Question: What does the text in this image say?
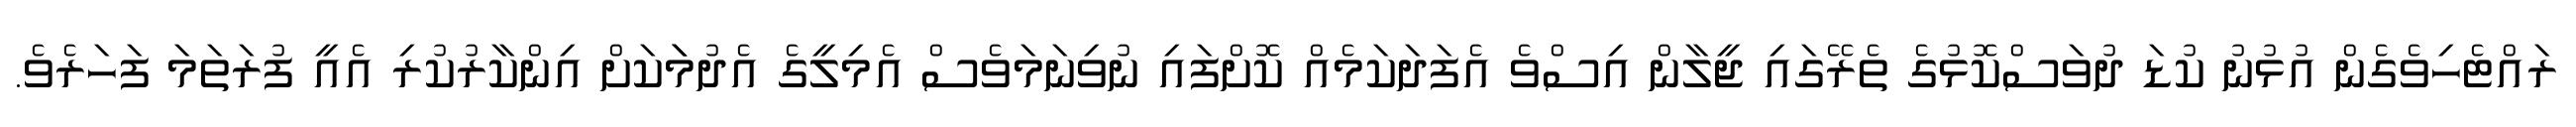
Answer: ރައްޓެހިވެގެން އުޅުނު ކުޑަ ދުވަސްކޮޅުގެ ތެރޭގައި ޖީލާން އިސްވެ އެފަދަކަމެއް ކޮށްފައި ނުވިނަމަވެސް އެމިލީގެ އެދުމަަކަށް އިންކާރުކުރި އެއީ ފުރަތަމަ ފަހަރެވެ.